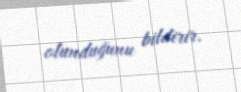
olunduğunu bildirir.